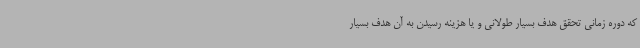
که دوره‌ زمانی تحقق هدف بسیار طولانی و یا هزینه رسیدن به آن هدف بسیار